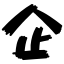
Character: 企